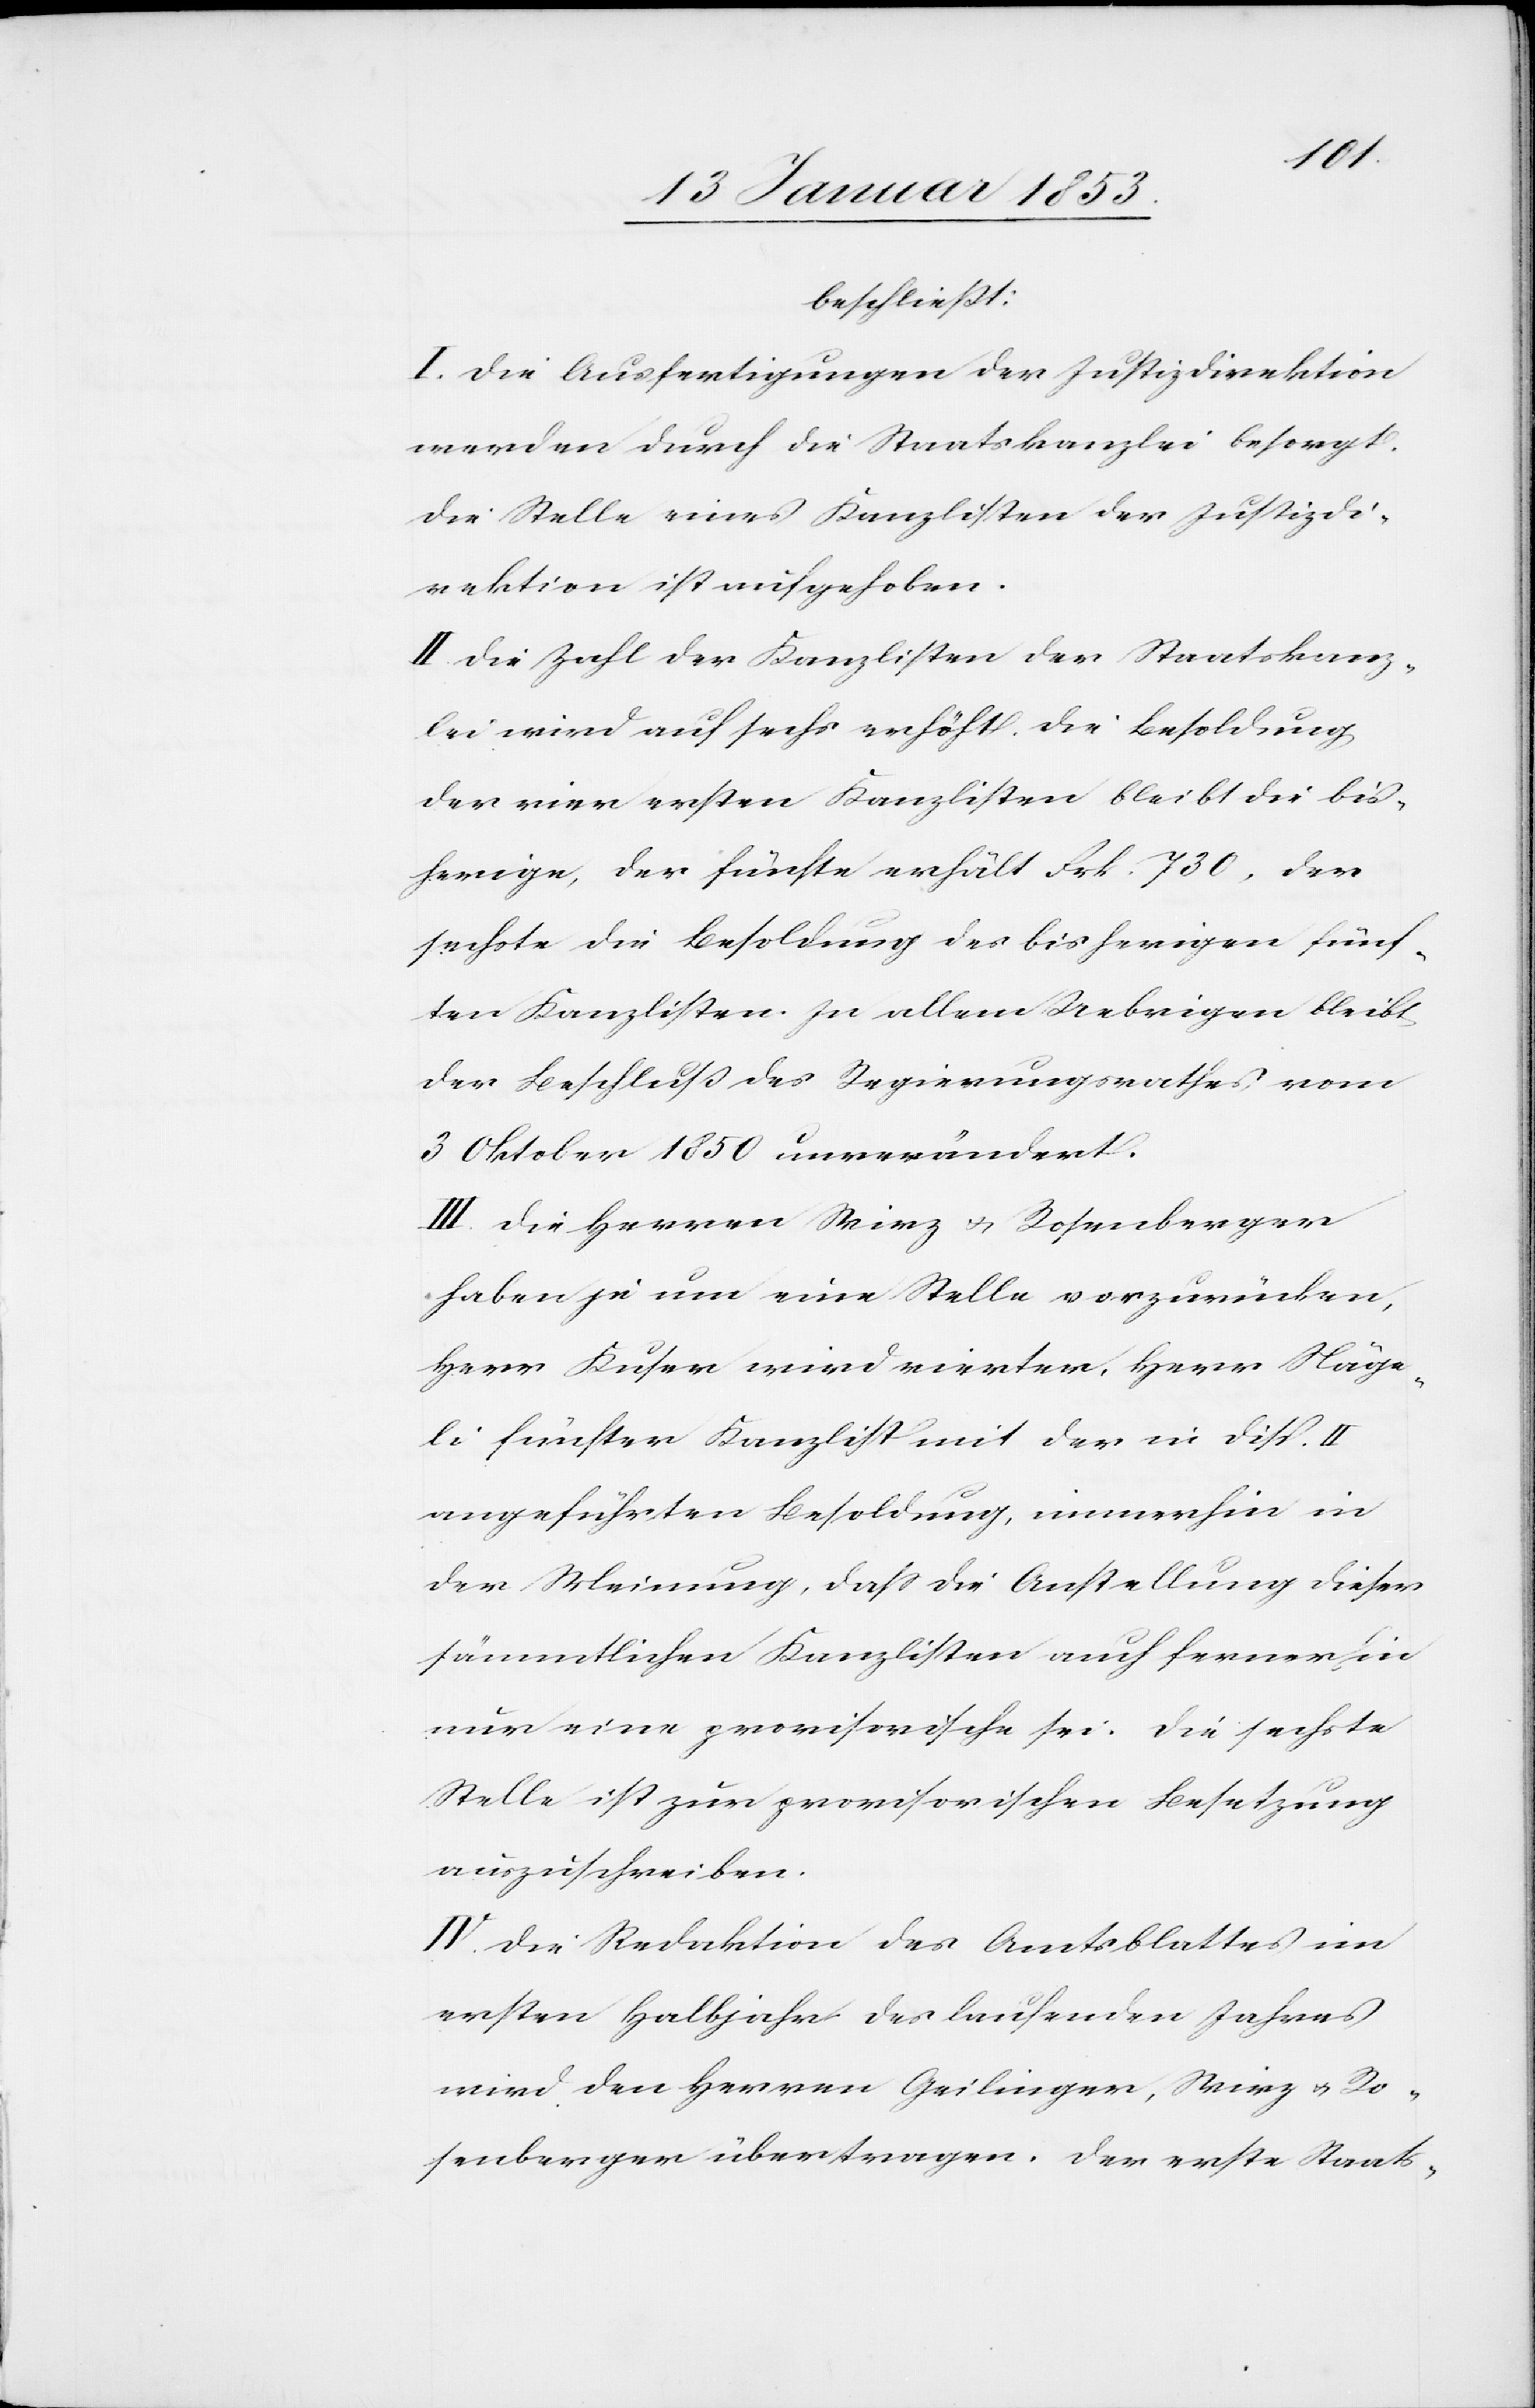
beschließt:
I. Die Ausfertigungen der Justizdirektion
werden durch die Staatskanzlei besorgt.
Die Stelle eines Kanzlisten der Justizdi¬
rektion ist aufgehoben.
II. Die Zahl der Kanzlisten der Staatskanz¬
lei wird auf sechs erhöht. Die Besoldung
der vier ersten Kanzlisten bleibt die bis¬
herige, der fünfte erhält Frk. 730, der
sechste die Besoldung des bisherigen fünf¬
ten Kanzlisten. In allem Uebrigen bleibt
der Beschluß des Regierungsrathes vom
3 Oktober 1850 unverändert.
III. Die Herren Wirz u. Rosenberger
haben je um eine Stelle vorzurücken,
Herr Kuser wird vierter, Herr Näge¬
li fünfter Kanzlist mit der in disp. II.
angeführten Besoldung, immerhin in
der Meinung, daß die Anstellung dieser
sämmtlichen Kanzlisten auch fernerhin
nur eine provisorische sei. Die sechste
Stelle ist zur provisorischen Besetzung
auszuschreiben.
IV. Die Redaktion des Amtsblattes im
ersten Halbjahr des laufenden Jahres
wird den Herren Geilinger, Wirz u. Ro¬
senberger übertragen. Der erste Staats-